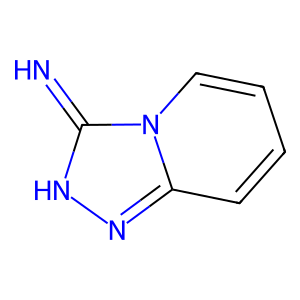
SMILES: N=c1[nH]nc2ccccn12
Inhibits HIV replication: No